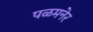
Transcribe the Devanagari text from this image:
पळमनेर